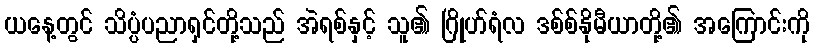
ယနေ့တွင် သိပ္ပံပညာရှင်တို့သည် အဲရစ်နှင့် သူ၏ ဂြိုဟ်ရံလ ဒစ်စ်နိုမီယာတို့၏ အကြောင်းကို